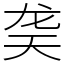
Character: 䶮